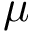
\mu